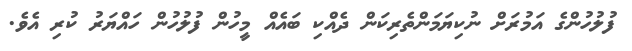
ފުލުހުންގެ އަމުރަށް ނުކިޔަމަންތެރިކަން ދެއްކި ބައެއް މީހުން ފުލުހުން ހައްޔަރު ކުރި އެވެ.